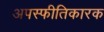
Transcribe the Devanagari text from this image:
अपस्फीतिकारक